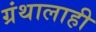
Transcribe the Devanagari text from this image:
ग्रंथालाही